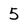
Character: 5